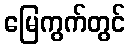
မြေကွက်တွင်